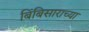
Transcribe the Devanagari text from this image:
बिंबिसाराच्या